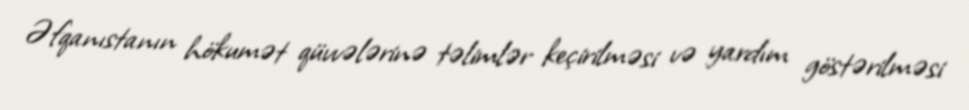
Əfqanıstanın hökumət qüvvələrinə təlimlər keçirilməsi və yardım göstərilməsi